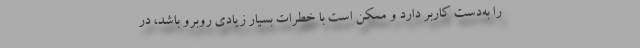
را به‌دست کاربر دارد و ممکن است با خطرات بسیار زیادی روبرو باشد، در